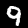
Digit: 9